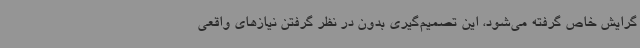
گرایش خاص گرفته می‌شود، این تصمیم‌گیری بدون در نظر گرفتن نیازهای واقعی